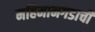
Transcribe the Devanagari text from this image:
महिमानगडाची